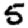
Digit: 5